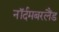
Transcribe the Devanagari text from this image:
नॉर्दमबरलैंड